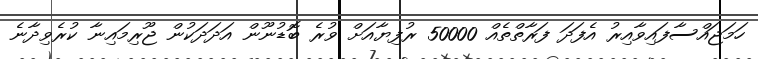
ހަމަޖައްސާފައިވާއިރު އެފަދަ ފަރާތްތެއް 50000 ރުފިޔާއަށް ވުރެ ބޮޑުނޫން އަދަދަކުން ޖޫރިމައިނާ ކުރެވިދާނެ